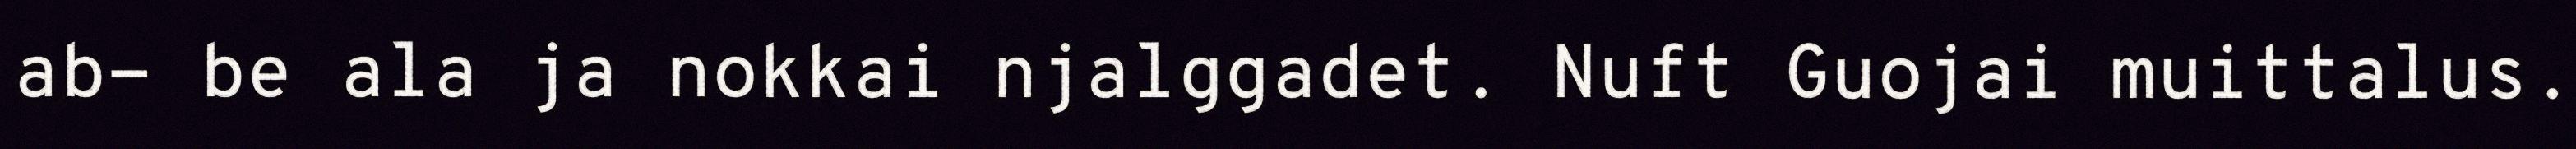
ab- be ala ja nokkai njalggadet. Nuft Guojai muittalus.